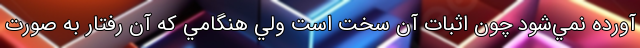
آورده نمي‌شود چون اثبات آن سخت است ولي هنگامي كه آن رفتار به صورت